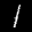
Label: 1